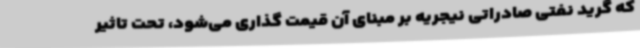
که گرید نفتی صادراتی نیجریه بر مبنای آن قیمت گذاری می‌شود، تحت تاثیر